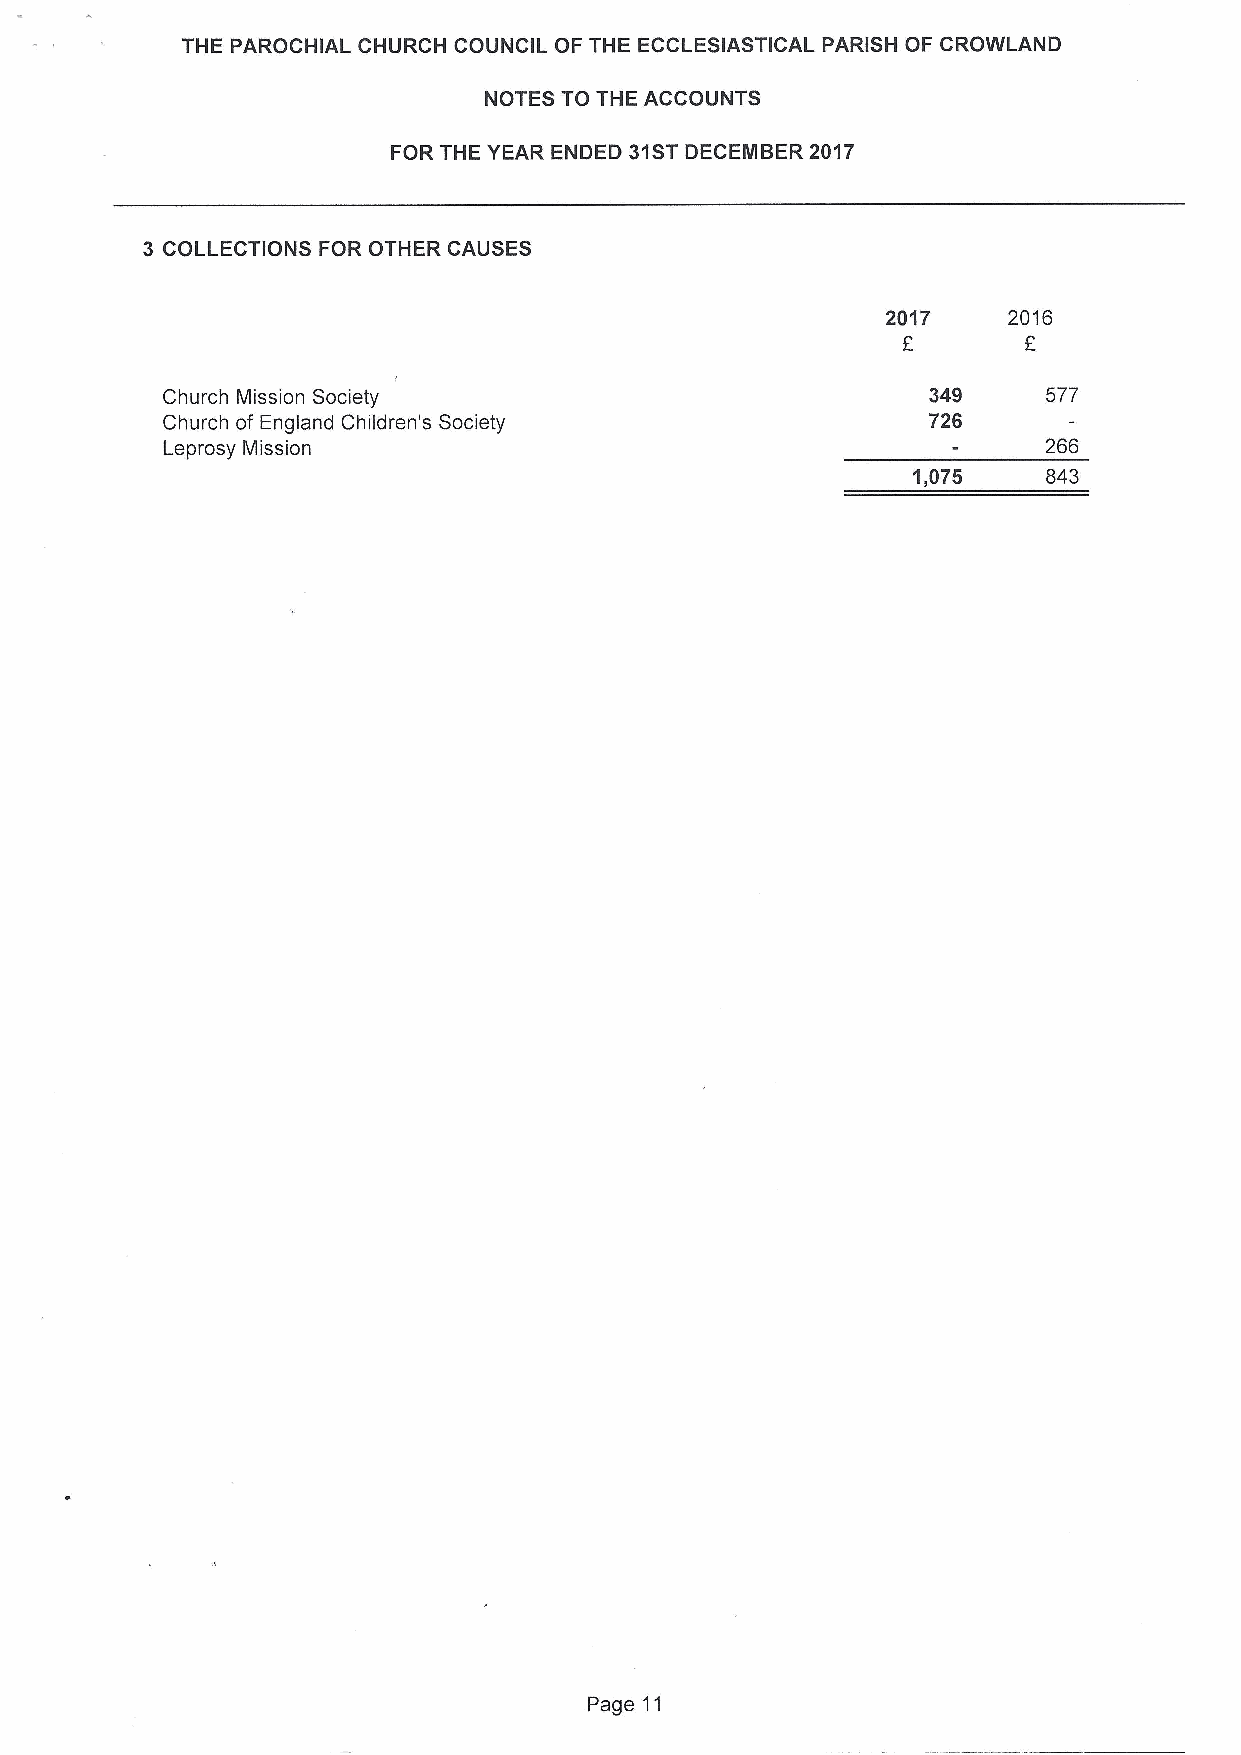
THE PAROCHIAL CHURCH COUNCIL OF THE ECCLESIASTICAL PARISH OF CROWLAND
 NOTES TO THE ACCOUNTS
 FOR THE YEAR ENDED 31STDECENIBER 2017
 3 COLLECTIONS FOR OTHER CAUSES
 2017    2016
 E       F
 Church Mission Society                            349     577
 Church of England Children's Society              726
 Leprosy Mission                                           266
 1,075    843
 Page 11